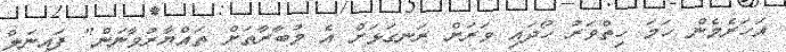
އަހަރެމެން ހަމަ ހިތްވަރު ހޯދައި ވަރަށް ރަނގަޅަށް އެ މުބާރާތަށް ތައްޔާރުވާނަން" ފައިނަލް